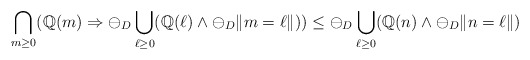
\begin{align*}\bigcap_{m\geq 0} (\mathbb{Q}(m) \Rightarrow \ominus_D \bigcup_{\ell\geq 0} (\mathbb{Q}(\ell) \wedge \ominus_D \|m=\ell\|)) \leq \ominus_D \bigcup_{\ell\geq 0} (\mathbb{Q}(n) \wedge \ominus_D \|n=\ell\|)\end{align*}